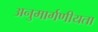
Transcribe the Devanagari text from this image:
अनुमार्गणीयता